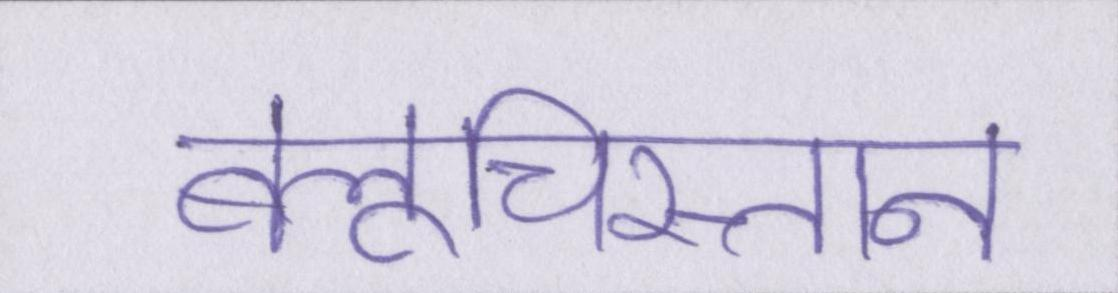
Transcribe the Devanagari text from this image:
बलूचिस्तान